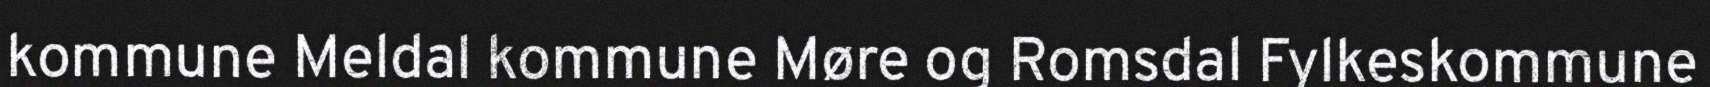
kommune Meldal kommune Møre og Romsdal Fylkeskommune